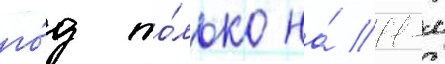
го́д то́лько на́ 11-м